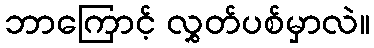
ဘာကြောင့် လွှတ်ပစ်မှာလဲ။